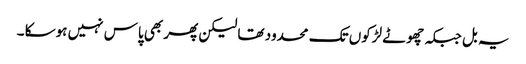
یہ بل جبکہ چھوٹے لڑکوں تک محدود تھا لیکن پھر بھی پاس نہیں ہوسکا ۔